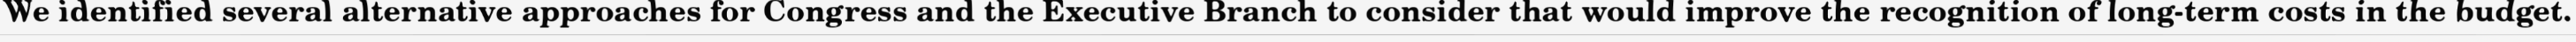
We identified several alternative approaches for Congress and the Executive Branch to consider that would improve the recognition of long-term costs in the budget.